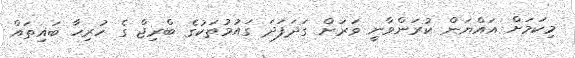
މިކަމަށް އައްޔަން ކުރަންވާނީ ވަރަށް ގަދަފަދަ ގައުމުތަކުގެ ބްރިޖް ގެ ހުރިހާ ބައިތައް